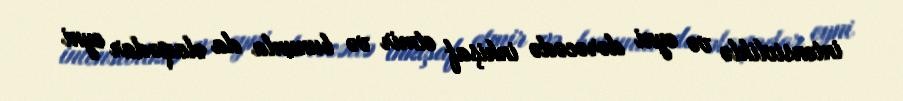
intensivliklə və eyni dərəcədə inkişaf etmir və bununla da əlaqədar eyni